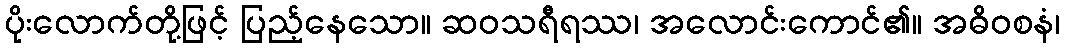
ပိုးလောက်တို့ဖြင့် ပြည့်နေသော။ ဆဝသရီရဿ၊ အလောင်းကောင်၏။ အဓိဝစနံ၊